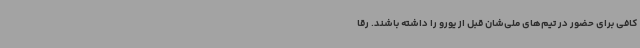
کافی برای حضور در تیم‌های ملی‌شان قبل از یورو را داشته باشند. رقا